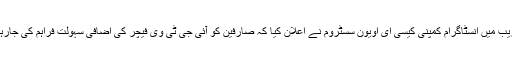
غیر ملکی میڈیا کے مطابق سان فرانسسکو میں منعقد ہوئے ایک تقریب میں انسٹاگرام کمپنی کیسی ای اویون سسٹروم نے اعلان کیا کہ صارفین کو آئی جی ٹی وی فیچر کی اضافی سہولت فراہم کی جارہی ہے، جس کے تحت وہ انسٹاگرام پر اپنا ویڈیو چینل بنا سکتے ہیں۔